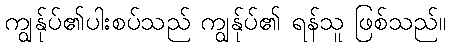
ကျွန်ုပ်၏ပါးစပ်သည် ကျွန်ုပ်၏ ရန်သူ ဖြစ်သည်။